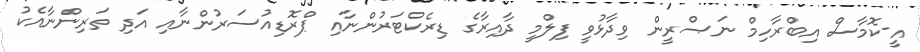
އީ-ކޮމާސް އިބްރާހިމް ނަޞްރީން ވިދާޅުވީ ފިލްމީ ދާއިރާގެ ޑިރެކްޓަރުންނާއި ޕްރޮޑިއުސަރުންނާއި އަދި ތަރިންނާއެކު